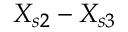
X _ { s 2 } - X _ { s 3 }